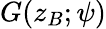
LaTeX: G(z_{B};\psi)